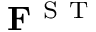
\mathbf { F } ^ { \mathrm { ~ S ~ T ~ } }